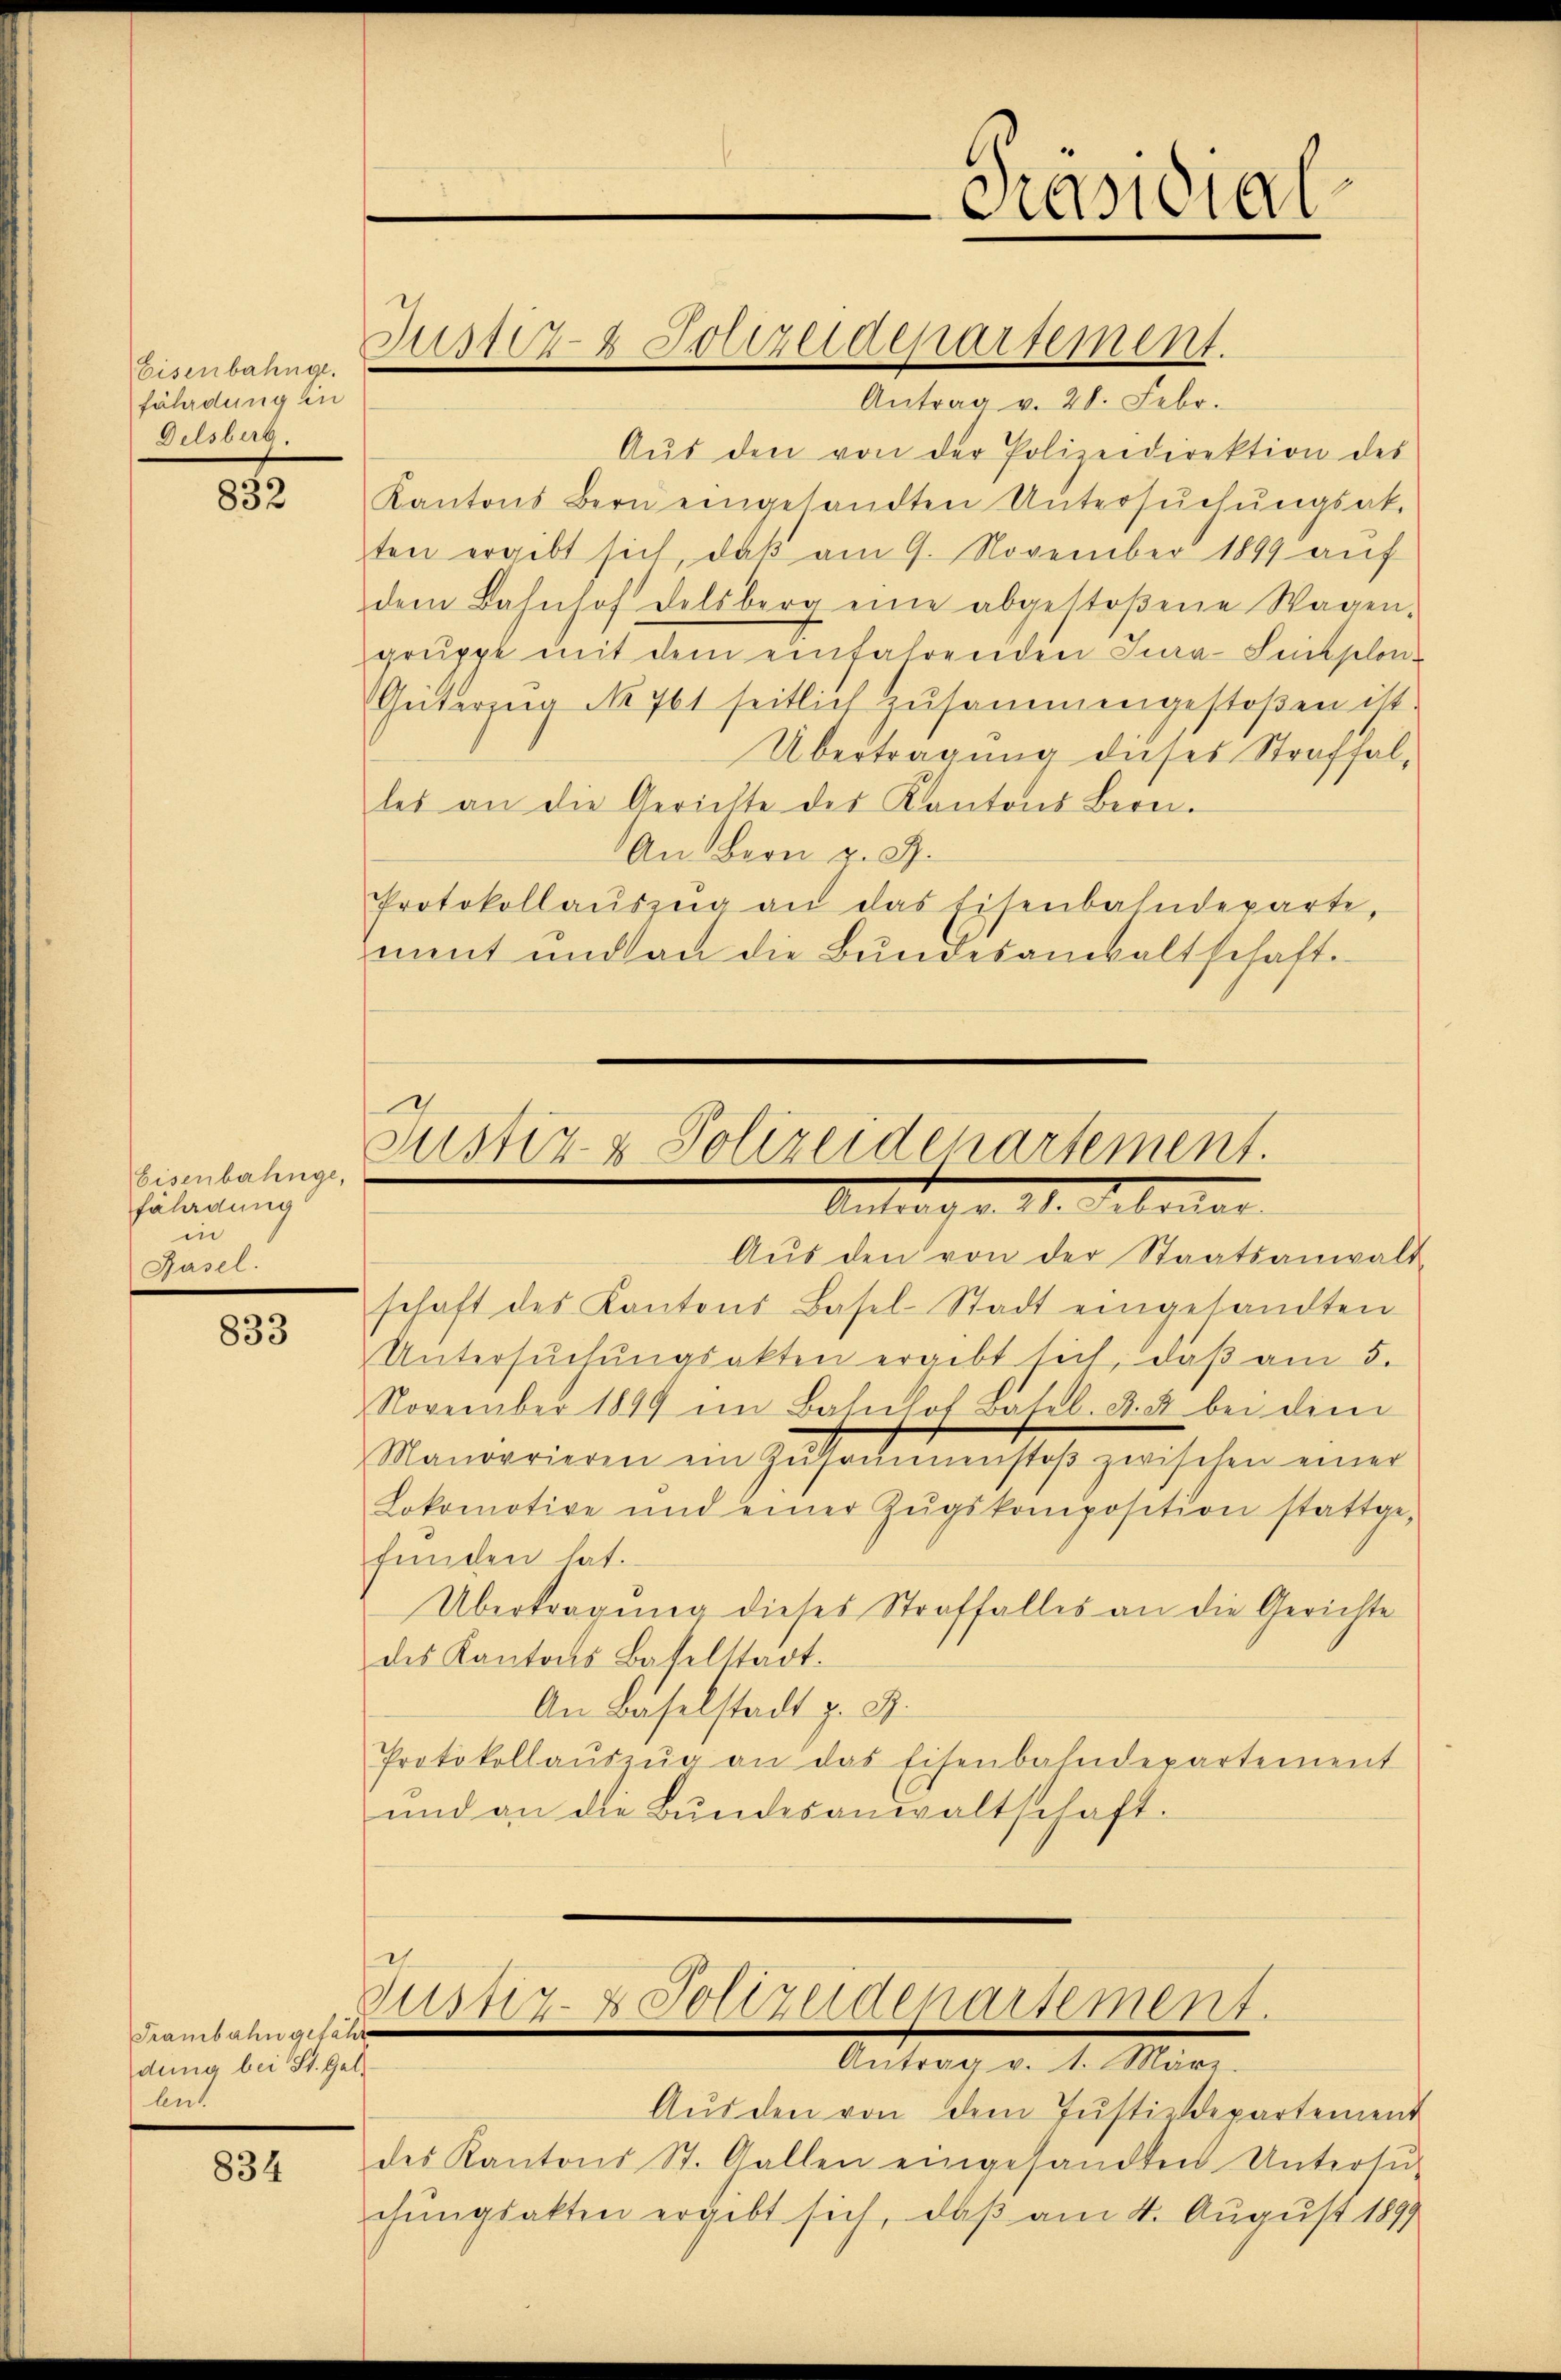
(Eisenbahnge.
fährdung in
Gelsberg.

832

Eisenbahnge,
Fälagung
in
Hasel.

833

Trambahn gefahre
dung bei St. Gal
lent

834

Antrag v. 28. Febr.
Aŭs den von der Polizeidirektion des
Kantons Bern eingesandten Untersuchungsak-
ten ergibt sich, daß am 9. November 1899 auf
dem Bahnhof delsberg eine abgestoßene Wagen-
grŭppt mit dem einfahrenden Jura-Simplon-
Gütering No 761 seitlich zŭsammengestoβen ist.
Übertragung dieses Straffalles an die Gerichte des Kantons Bern.
An Bern u. 9.
Protokollaŭszŭg an das Eisenbahndeparte,
nent und an die Bundesanwaltschaft.

Zum Folizeidepartement.

Justiz- & Polizeidepartement.
Antrag d. 11. Februar

asia

Aŭs den von der Staatsanwalt
schaft des Kantons Basel-Stadt eingesandten
Untersŭchŭngsakten ergibt sich, daβ am 5.
November 1849 im Bahnhof Basel. F. u. bei dem
Manorrieren ein Zŭsaṁenstoβ zwischen einer
Lokomotive und einer Zŭgskomposition stattge-
finden hat.
Übertragung dieses Straffalles an die Gerichte
des Kantons Baselstadt.
An Baselstadt z. B.
Protokollaŭszŭg an das Eisenbahndepartement
und an die Bŭndesanwaltschaft.

.
justiz- & Polizeidenartement.
Antrag v. 1. März.

Aŭs den von dem Justizdepartement
des Kantons St. Gallen eingesandten Untersŭ-
chungsakten ergibt sich, daß am 4. August 1899